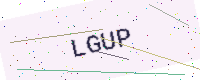
Text: LGUP